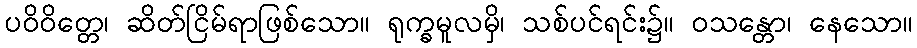
ပဝိဝိတ္တေ၊ ဆိတ်ငြိမ်ရာဖြစ်သော။ ရုက္ခမူလမှိ၊ သစ်ပင်ရင်း၌။ ဝသန္တော၊ နေသော။